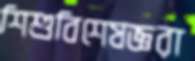
শিশুবিশেষজ্ঞরা